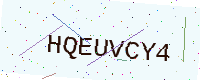
Text: HQEUVCY4